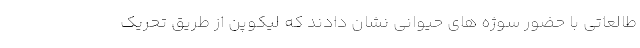
طالعاتی با حضور سوژه های حیوانی نشان دادند که لیکوپن از طریق تحریک